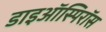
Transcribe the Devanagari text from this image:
डाइऑस्पिरॉस